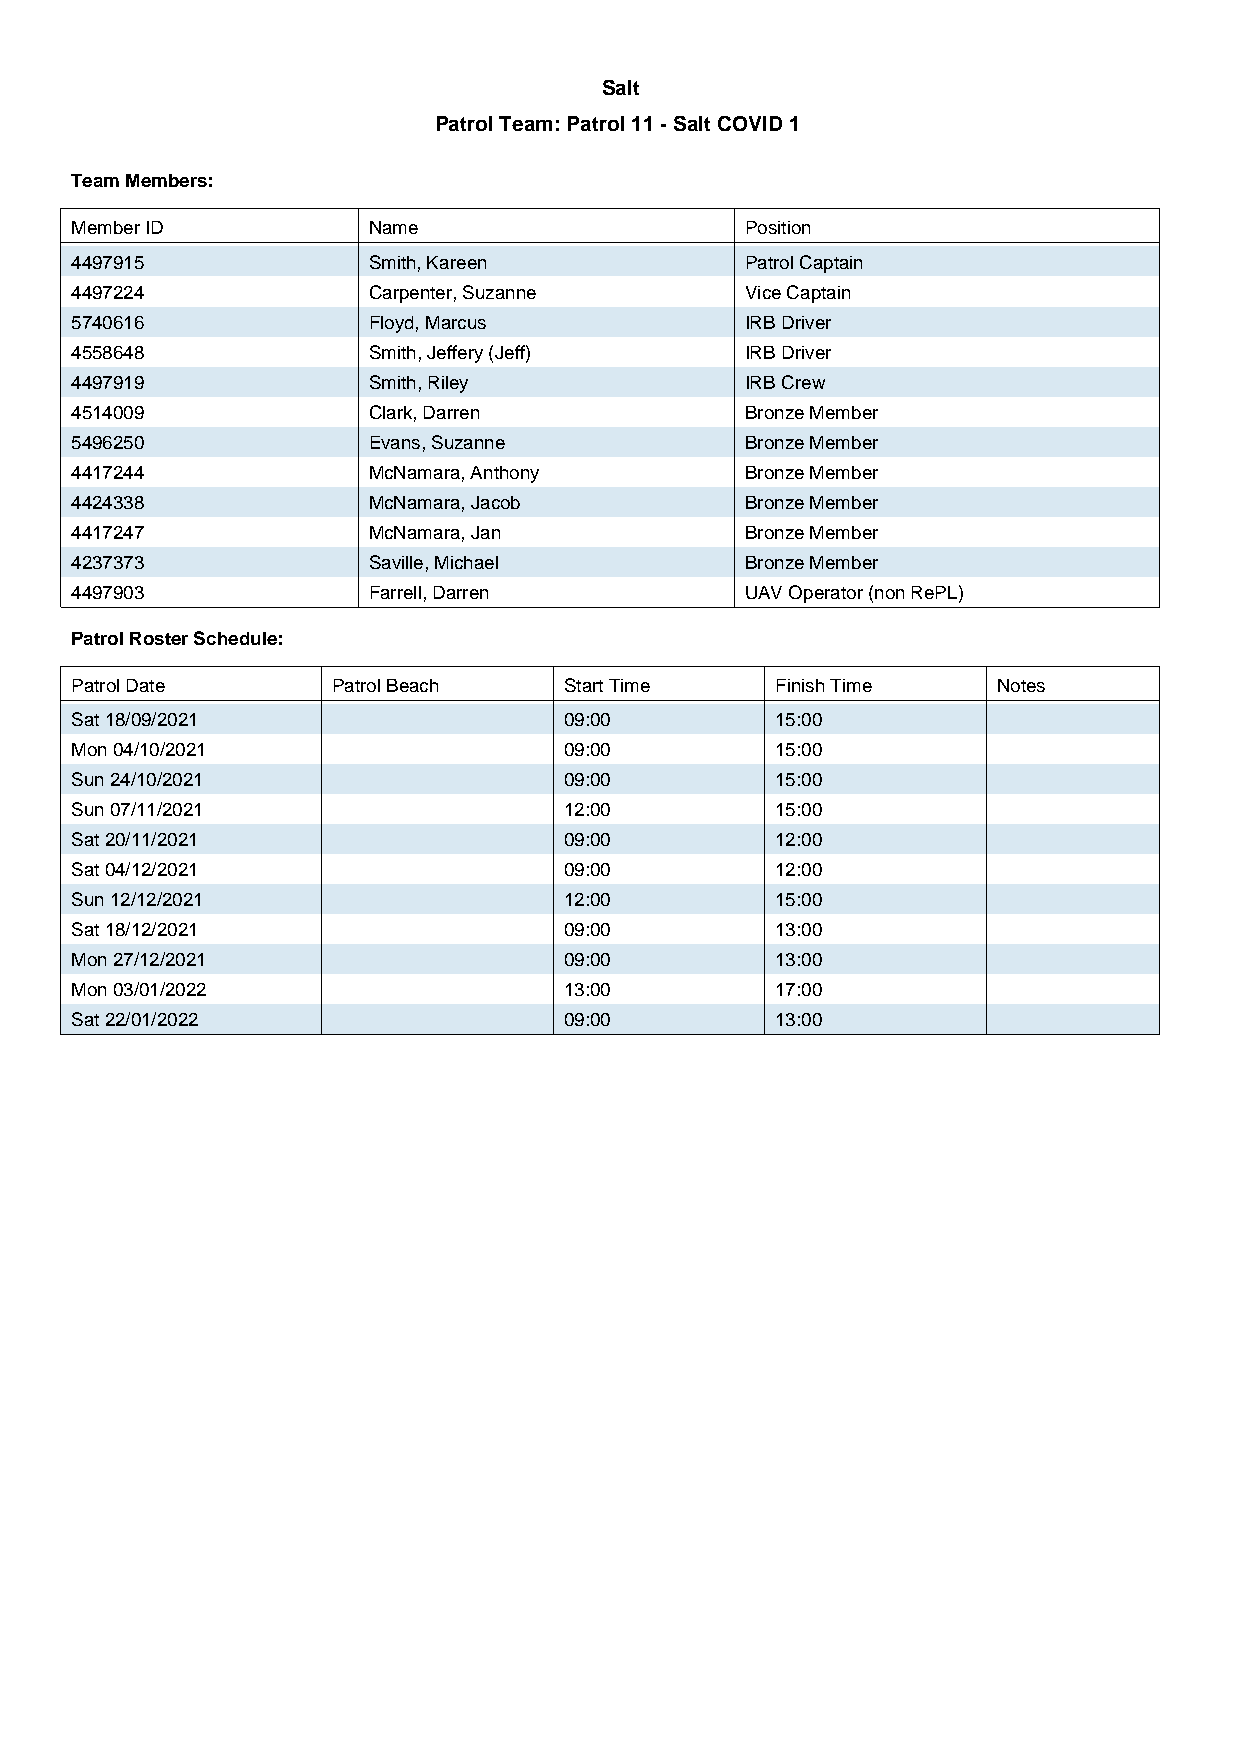
Salt
 Patrol Team: Patrol 11 - Salt COVID 1
 Team Members:
 Member ID          Name                     Position
 4497915            Smith, Kareen            Patrol Captain
 4497224            Carpenter, Suzanne       Vice Captain
 5740616            Floyd, Marcus            IRB Driver
 4558648            Smith, Jeffery (Jeff)    IRB Driver
 4497919            Smith, Riley             IRB Crew
 4514009            Clark, Darren            Bronze Member
 5496250            Evans, Suzanne           Bronze Member
 4417244            McNamara, Anthony        Bronze Member
 4424338            McNamara, Jacob          Bronze Member
 4417247            McNamara, Jan            Bronze Member
 4237373            Saville, Michael         Bronze Member
 4497903            Farrell, Darren          UAV Operator (non RePL)
 Patrol Roster Schedule:
 Patrol Date      Patrol Beach   Start Time    Finish Time    Notes
 Sat 18/09/2021                  09:00         15:00
 Mon 04/10/2021                  09:00         15:00
 Sun 24/10/2021                  09:00         15:00
 Sun 07/11/2021                  12:00         15:00
 Sat 20/11/2021                  09:00         12:00
 Sat 04/12/2021                  09:00         12:00
 Sun 12/12/2021                  12:00         15:00
 Sat 18/12/2021                  09:00         13:00
 Mon 27/12/2021                  09:00         13:00
 Mon 03/01/2022                  13:00         17:00
 Sat 22/01/2022                  09:00         13:00